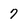
Character: 7